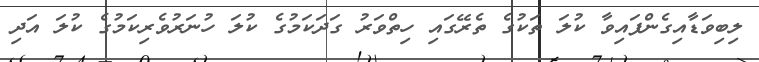
ލިބިވަޑާއިގެންފައިވާ ކުލަ ތަކުގެ ތެރޭގައި ހިތްވަރު ގަދަކަމުގެ ކުލަ ހުނަރުވެރިކަމުގެ ކުލަ އަދި